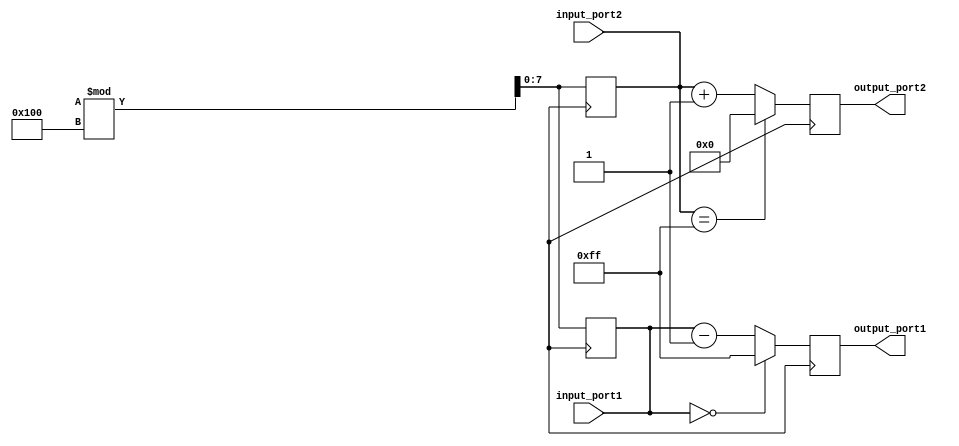
module test_case_generator(
    input wire [7:0] input_port1,
    input wire [7:0] input_port2,
    output reg [7:0] output_port1,
    output reg [7:0] output_port2
);

// Behavioral modeling block for generating a test case
always @ (posedge clk) begin
    // Randomly select input values for design under test
    input_port1 <= $random % 256;
    input_port2 <= $random % 256;
    
    // Specify range of possible input values
    
    // Specify desired output values
    if (input_port1 == 0) begin
        output_port1 <= 255;
    end else begin
        output_port1 <= input_port1 - 1;
    end
    
    if (input_port2 == 255) begin
        output_port2 <= 0;
    end else begin
        output_port2 <= input_port2 + 1;
    end
    
    // Check output values against expected values
    if (output_port1 == (input_port1 - 1) && output_port2 == (input_port2 + 1)) begin
        $display("Test case passed");
    end else begin
        $display("Test case failed");
    end
end

endmodule